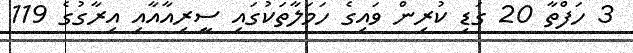
3 ހަފްތާ 20 ގަޑި ކުރިން ވައިގެ ހަމަލާތަކުގައި ސީރިއާއާއި އިރާގުގެ 119